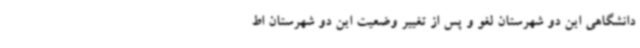
دانشگاهی این دو شهرستان لغو و پس از تغییر وضعیت این دو شهرستان اط